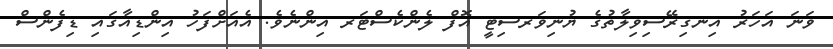
ވަނަ އަހަރު އިނގިރޭސިވިލާތުގެ ޔުނިވަރސިޓީ އޮފް ލެންކެސްޓަރ އިންނެވެ. އެއަށްފަހު އިންޑިއާގައި ޑިފެންސް